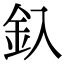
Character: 釞